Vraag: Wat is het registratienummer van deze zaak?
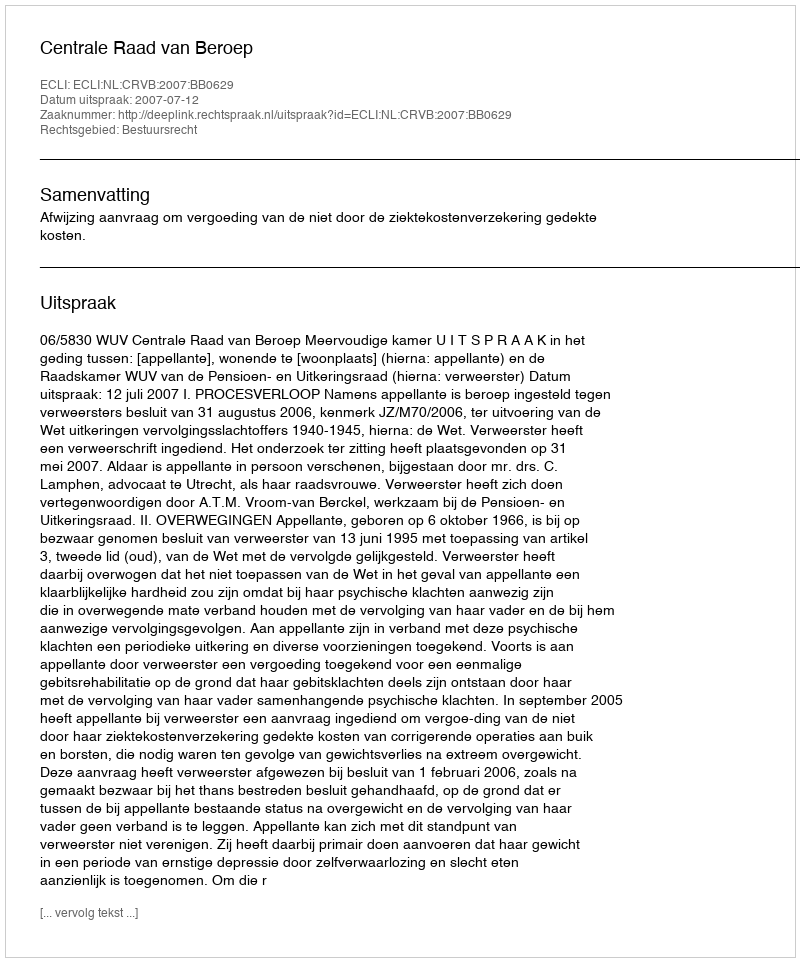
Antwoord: http://deeplink.rechtspraak.nl/uitspraak?id=ECLI:NL:CRVB:2007:BB0629